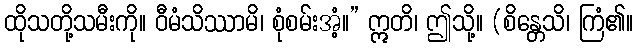
ထိုသတို့သမီးကို။ ဝီမံသိဿာမိ၊ စုံစမ်းအံ့။” ဣတိ၊ ဤသို့။ (စိန္တေသိ၊ ကြံ၏။